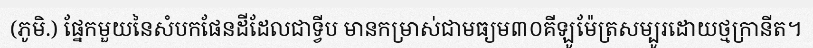
(ភូមិ.) ផ្នែកមួយនៃសំបកផែនដីដែលជាទ្វីប មានកម្រាស់ជាមធ្យម៣០គីឡូម៉ែត្រសម្បូរដោយថ្មក្រានីត។